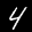
Label: 4